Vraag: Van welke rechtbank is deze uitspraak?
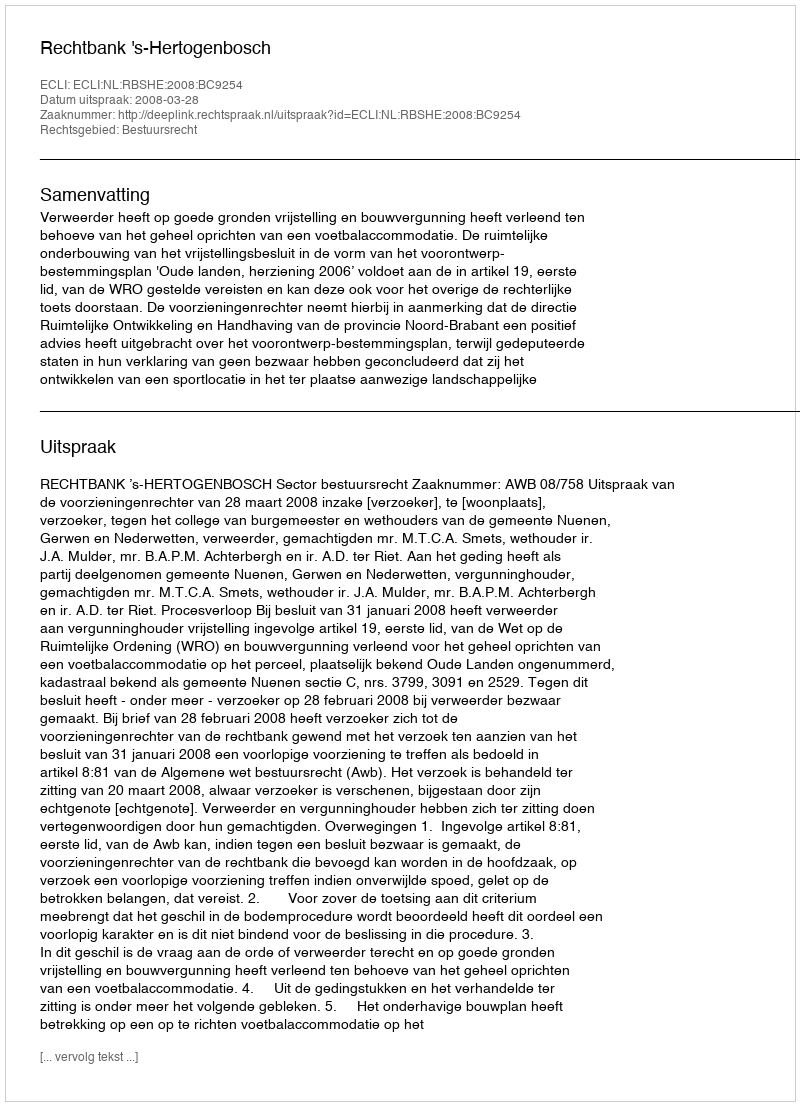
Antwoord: Rechtbank 's-Hertogenbosch